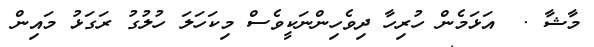
މާޝާ .  އަޅަމެން ހުރިހާ ދިވެހިންނަކީވެސް މިކަހަލަ ހުލުގު ރަގަޅު މައިން